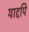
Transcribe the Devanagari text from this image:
याद्दपि